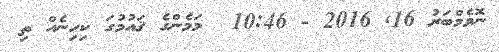
ނޮވެމްބަރު 16